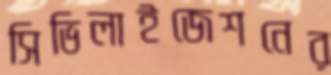
সিভিলাইজেশনের